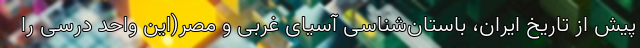
پیش از تاریخ ایران، باستان‌شناسی آسیای غربی و مصر(این واحد درسی را